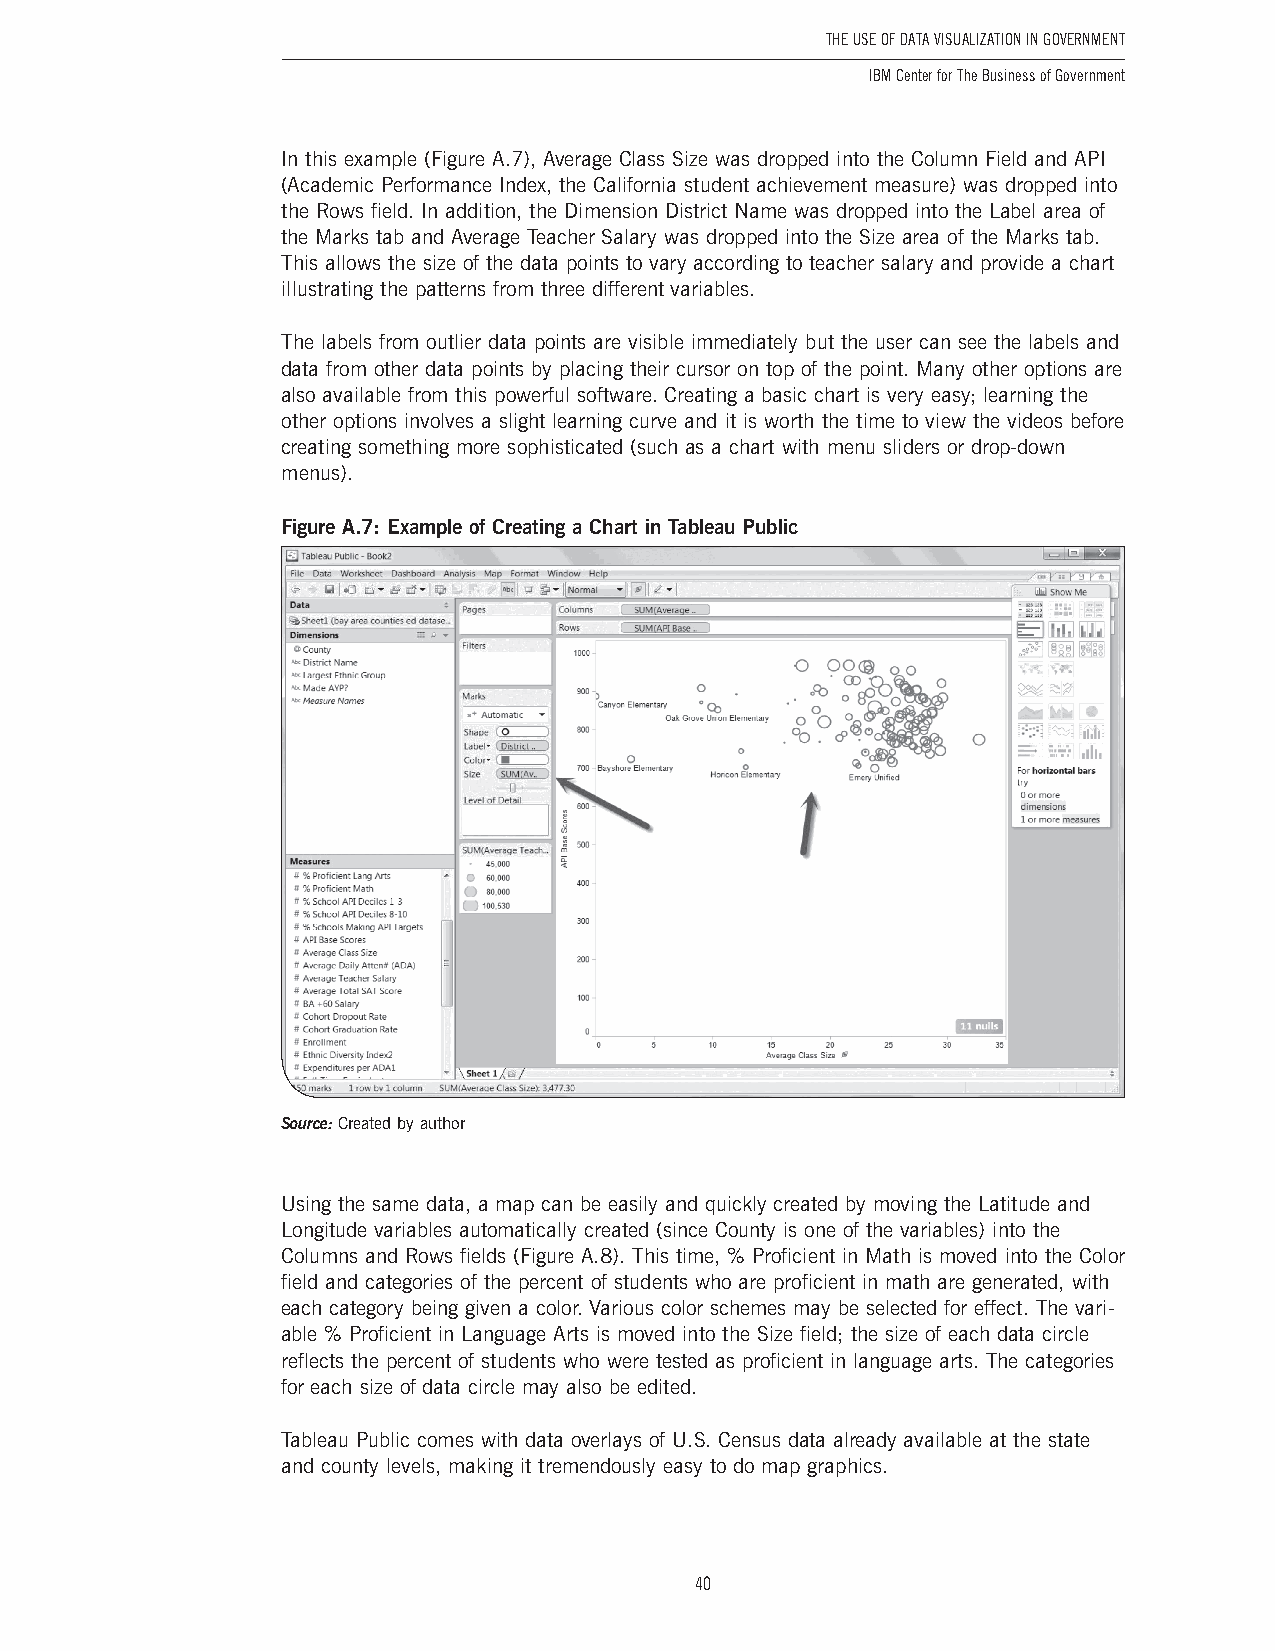
The USe of DaTa ViSUalizaTion in GoVernmenT
 IBM Center for The Business of Government
 In this example (Figure A .7), Average Class Size was dropped into the Column Field and API
 (Academic Performance Index, the California student achievement measure) was dropped into
 the Rows field . In addition, the Dimension District Name was dropped into the Label area of
 the Marks tab and Average Teacher Salary was dropped into the Size area of the Marks tab .
 This allows the size of the data points to vary according to teacher salary and provide a chart
 illustrating the patterns from three different variables .
 The labels from outlier data points are visible immediately but the user can see the labels and
 data from other data points by placing their cursor on top of the point . Many other options are
 also available from this powerful software . Creating a basic chart is very easy; learning the
 other options involves a slight learning curve and it is worth the time to view the videos before
 creating something more sophisticated (such as a chart with menu sliders or drop-down
 menus) .
 Figure A.7: Example of Creating a Chart in Tableau Public
 Source: Created by author
 Using the same data, a map can be easily and quickly created by moving the Latitude and
 Longitude variables automatically created (since County is one of the variables) into the
 Columns and Rows fields (Figure A .8) . This time, % Proficient in Math is moved into the Color
 field and categories of the percent of students who are proficient in math are generated, with
 each category being given a color . Various color schemes may be selected for effect . The vari-
 able % Proficient in Language Arts is moved into the Size field; the size of each data circle
 reflects the percent of students who were tested as proficient in language arts . The categories
 for each size of data circle may also be edited .
 Tableau Public comes with data overlays of U .S . Census data already available at the state
 and county levels, making it tremendously easy to do map graphics .
 40